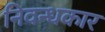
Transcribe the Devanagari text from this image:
निवन्धकार